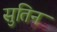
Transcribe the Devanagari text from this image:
सुतिन